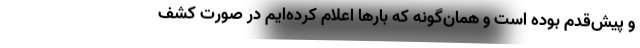
و پیش‌قدم بوده‌ است و همان‌گونه که بارها اعلام‌ کرده‌ایم در صورت کشف